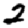
Digit: 2